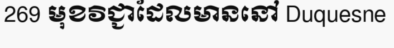
269 មុខវិជ្ជាដែលមាននៅ Duquesne